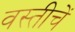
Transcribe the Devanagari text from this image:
वस्तीचें